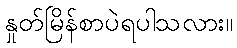
နှုတ်မြိန်စာပဲရပါသလား။